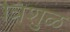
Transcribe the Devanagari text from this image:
त्रिशुळ